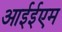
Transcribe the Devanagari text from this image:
आईईएम